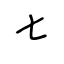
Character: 七